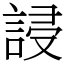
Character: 誛